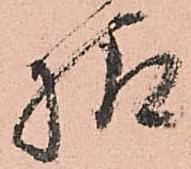
様